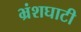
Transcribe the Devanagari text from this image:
भ्रंशघाटी